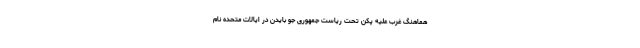
هماهنگ غرب علیه پکن تحت ریاست جمهوری جو بایدن در ایالات متحده نام